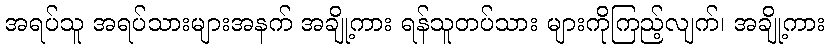
အရပ်သူ အရပ်သားများအနက် အချို့ကား ရန်သူတပ်သား များကိုကြည့်လျက်၊ အချို့ကား